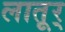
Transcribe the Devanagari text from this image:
लातूर्